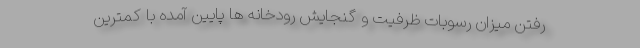
رفتن میزان رسوبات ظرفیت و گنجایش رودخانه ها پایین آمده با کمترین